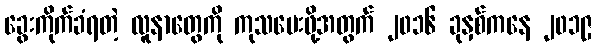
ခွေးကိုက်ခံရတဲ့ လူနာတွေကို ကုသပေးဖို့အတွက် ၂၀၁၆ ခုနှစ်ကနေ ၂၀၁၉